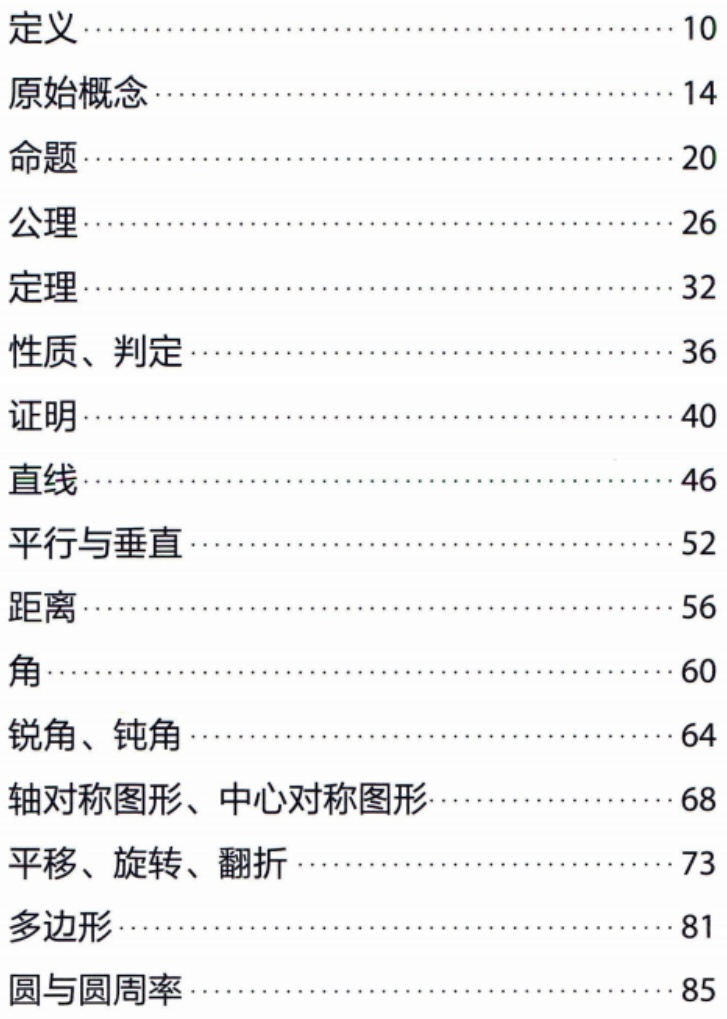
\begin{itemize}

\item 定义\hfill 10

\item 原始概念\hfill 14

\item 命题\hfill 20

\item 公理\hfill 26

\item 定理\hfill 32

\item 性质、判定\hfill 36

\item 证明\hfill 40

\item 直线\hfill 46

\item 平行与垂直\hfill 52

\item 距离\hfill 56

\item 角\hfill 60

\item 锐角、钝角\hfill 64

\item 轴对称图形、中心对称图形\hfill 68

\item 平移、旋转、翻折\hfill 73

\item 多边形\hfill 81

\item 圆与圆周率\hfill 85

\end{itemize}